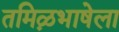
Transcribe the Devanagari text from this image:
तमिऴभाषेला